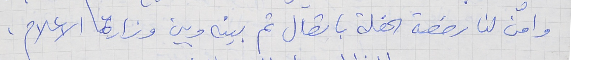
وامن لنا رخصة الحفلة باتصال تم بينه وبين وزارة الاعلام .